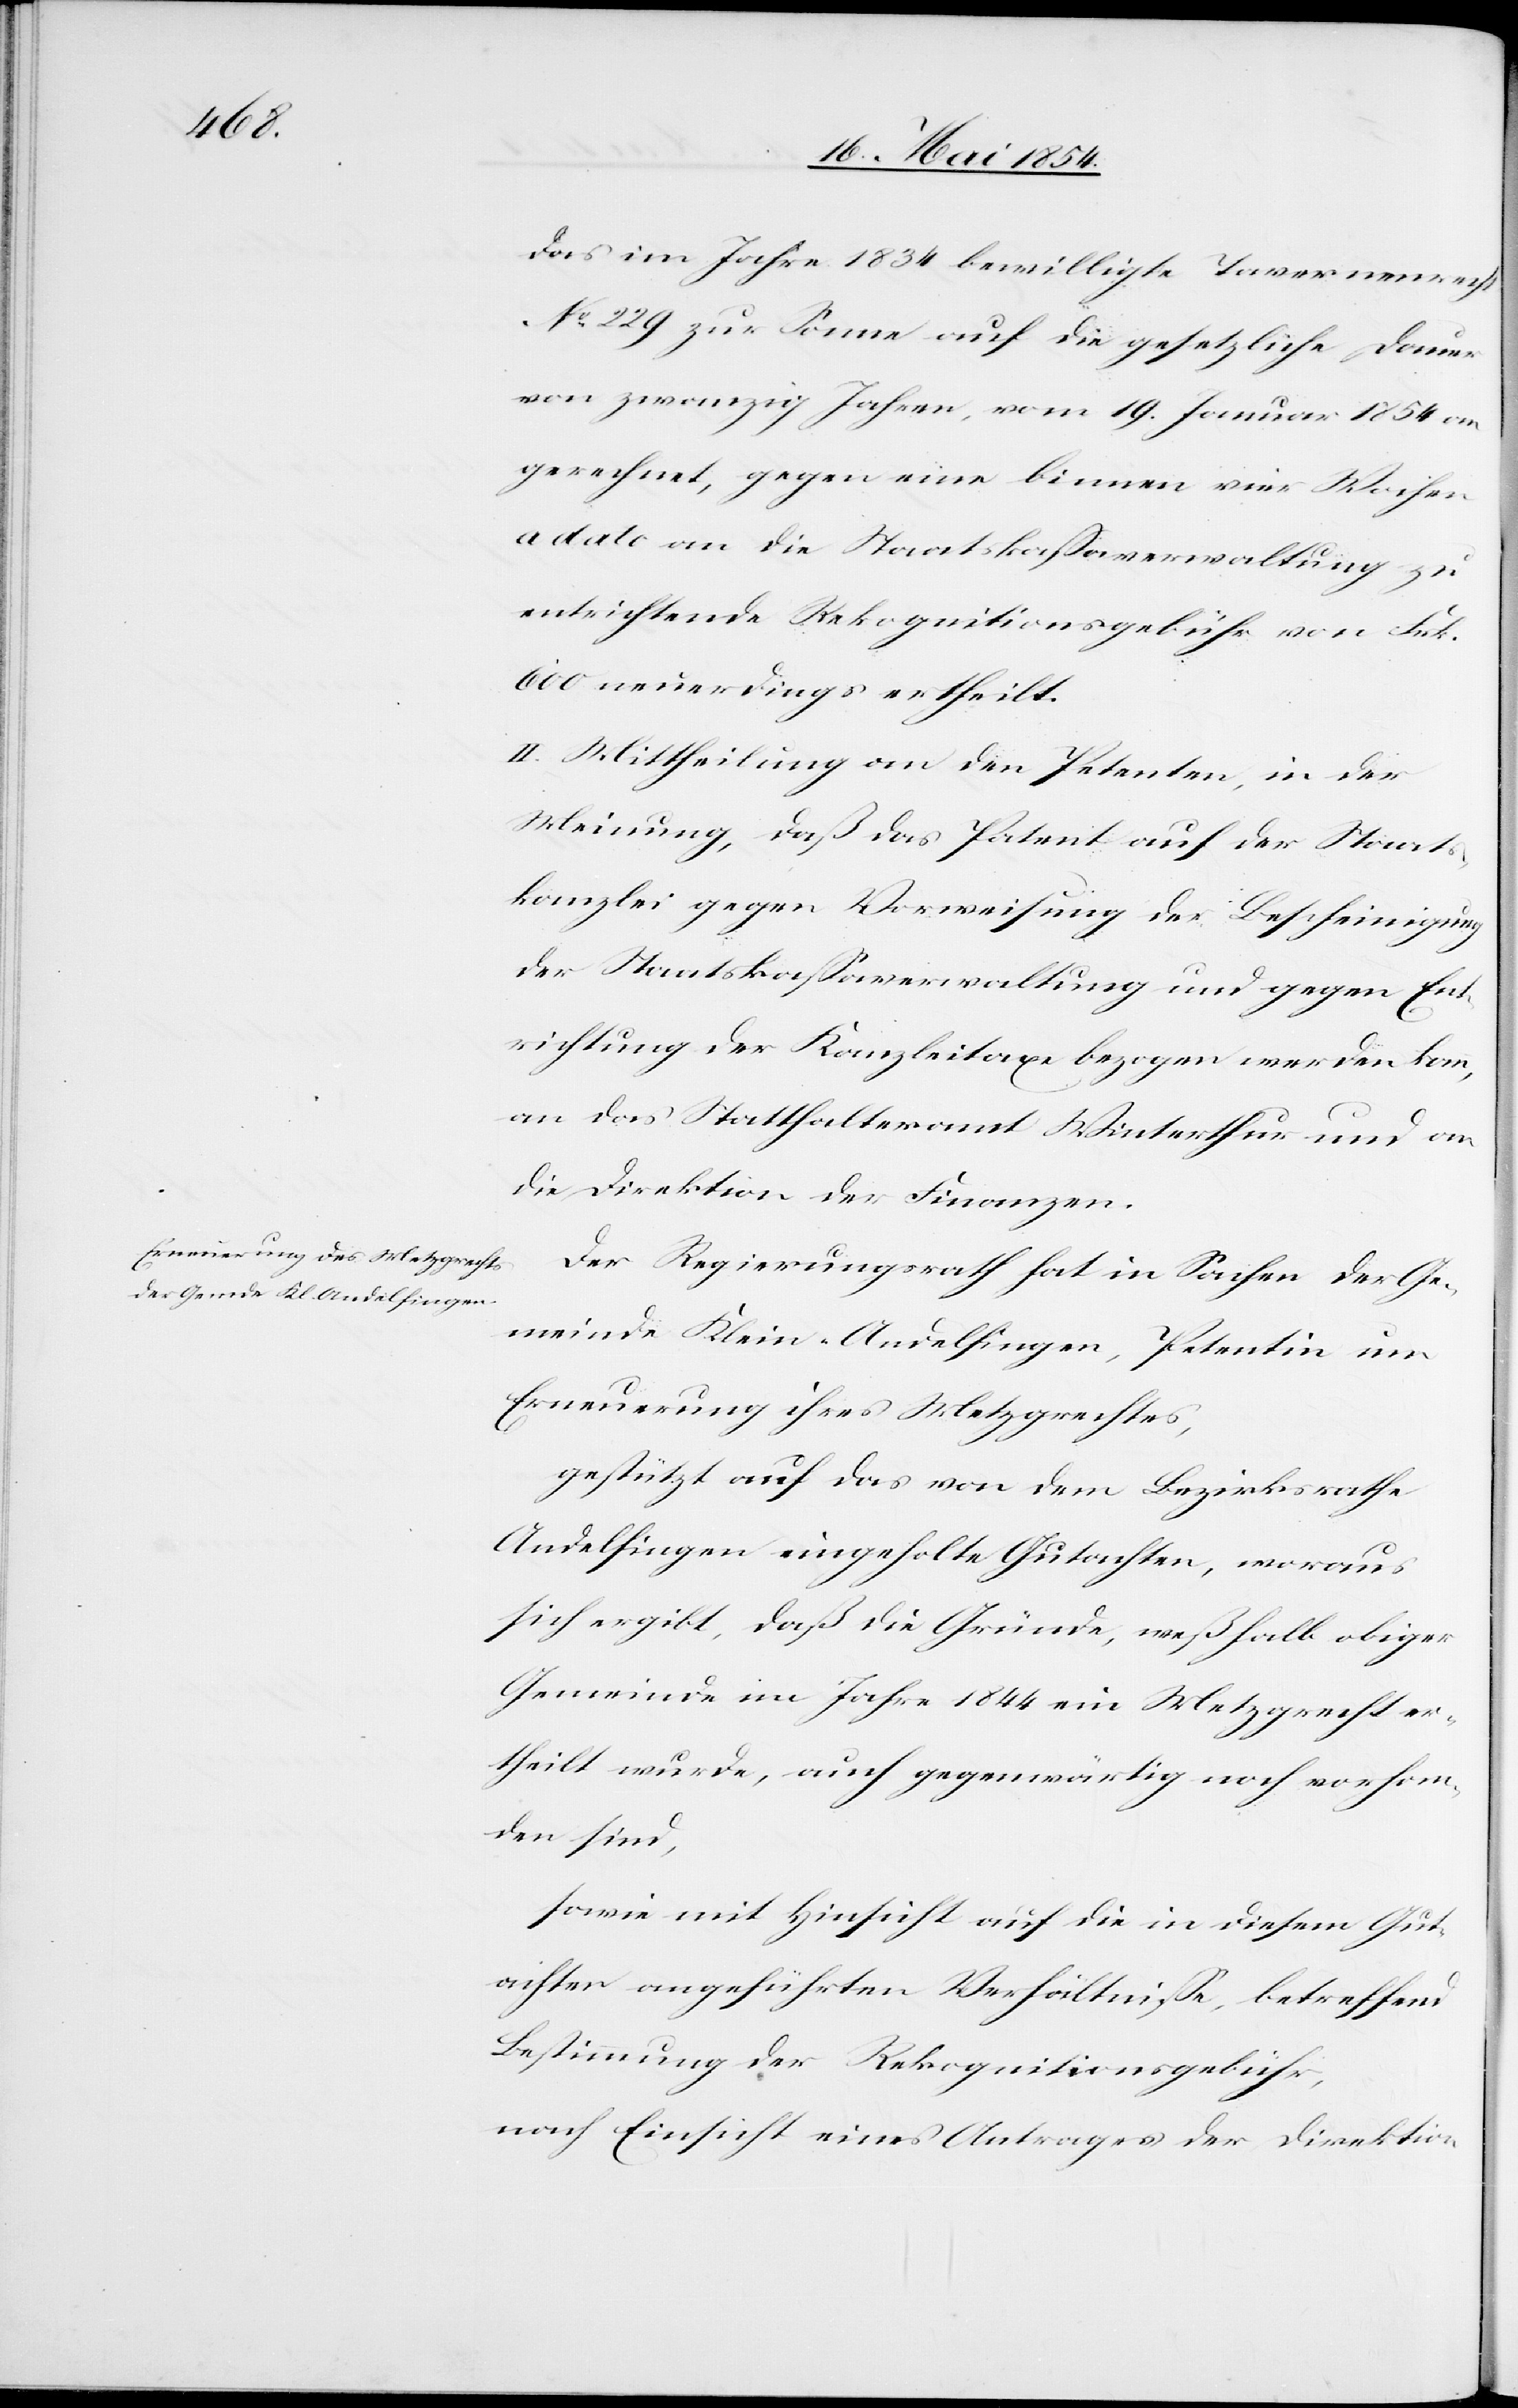
das im Jahre 1834 bewilligte Tavernenrecht
No 229 zur Sonne auf die gesetzliche Dauer
von zwanzig Jahren, vom 19. Januar 1854 an
gerechnet, gegen eine binnen vier Wochen
a dato an die Staatskaßaverwaltung zu
entrichtende Rekognitionsgebühr von Frk.
600 neuerdings ertheilt.
II. Mittheilung an den Petenten, in der
Meinung, daß das Patent auf der Staats¬
kanzlei gegen Vorweisung der Bescheinigung
der Staatskaßaverwaltung und gegen Ent¬
richtung der Kanzleitaxe bezogen werden kann,
an das Statthalteramt Winterthur und an
die Direktion der Finanzen.
Der Regierungsrath hat in Sachen der Ge¬
meinde Klein-Andelfingen, Petentin um
Erneuerung ihres Metzgrechtes,
gestützt auf das von dem Bezirksrathe
Andelfingen eingeholte Gutachten, woraus
sich ergibt, daß die Gründe, weßhalb obiger
Gemeinde im Jahre 1844 ein Metzgrecht er¬
theilt wurde, auch gegenwärtig noch vorhan¬
den sind,
sowie mit Hinsicht auf die in diesem Gut¬
achten angeführten Verhältniße, betreffend
Bestimmung der Rekognitionsgebühr,
nach Einsicht eines Antrages der Direktion